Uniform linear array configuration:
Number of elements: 12
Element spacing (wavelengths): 0.75
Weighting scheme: hamming
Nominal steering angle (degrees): -60
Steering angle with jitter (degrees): -60.496
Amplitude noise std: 0.05
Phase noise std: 0.05

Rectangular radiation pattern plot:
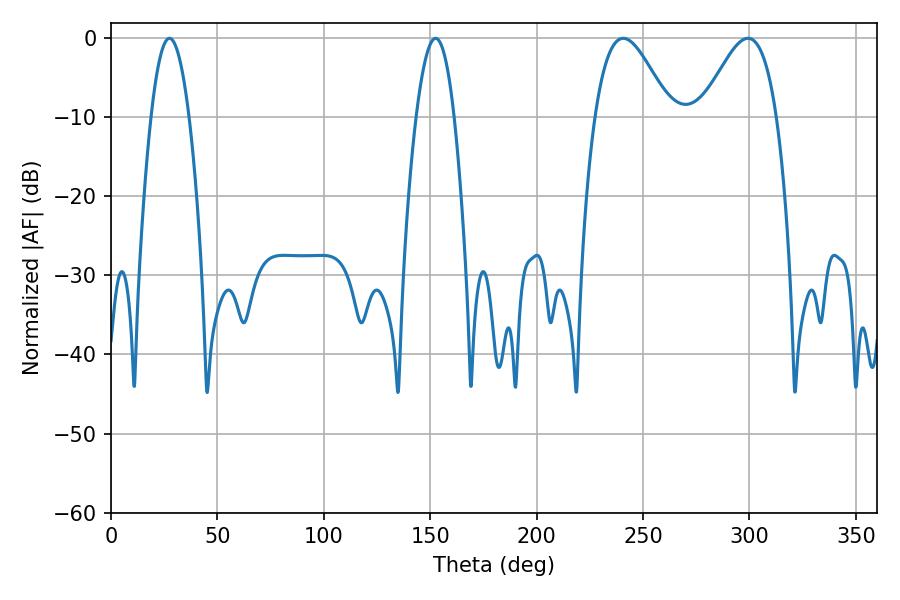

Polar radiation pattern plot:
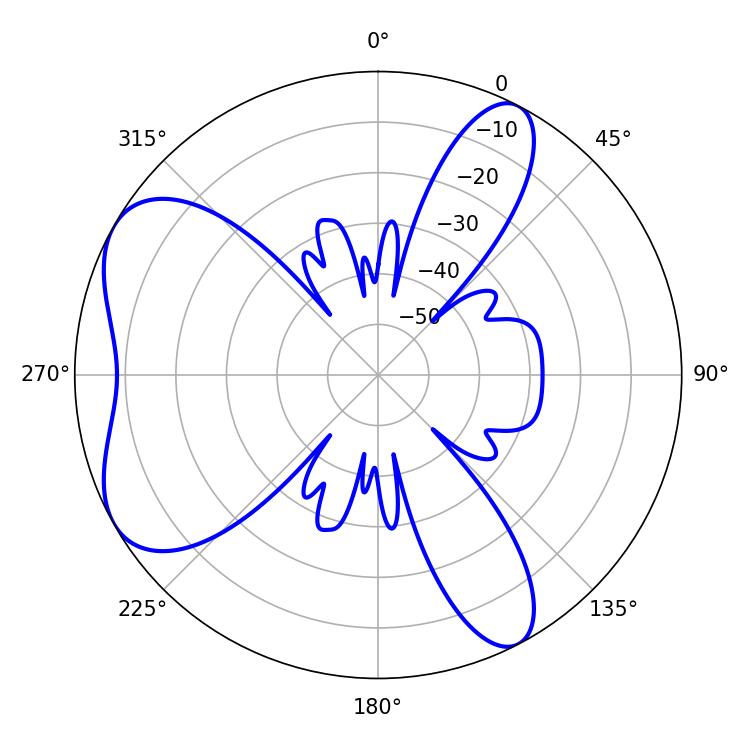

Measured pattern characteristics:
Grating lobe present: TRUE
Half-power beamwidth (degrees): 18.9
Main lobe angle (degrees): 240.66